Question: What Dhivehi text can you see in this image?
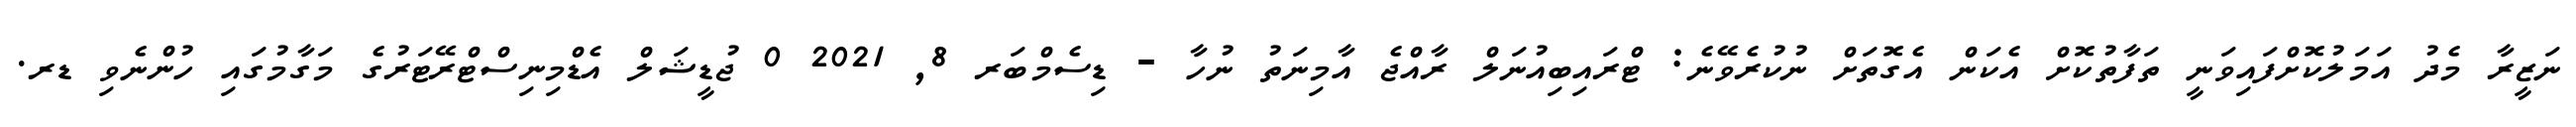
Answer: ނަޒީރާ މެދު އަމަލުކޮށްފައިވަނީ ތަފާތުކޮށް އެކަން އެގޮތަށް ނުކުރެވޭނެ: ޓްރައިބިއުނަލް ރާއްޖެ އާމިނަތު ނުހާ - ޑިސެމްބަރ 8, 2021 0 ޖުޑީޝަލް އެޑްމިނިސްޓްރޭޓަރުގެ މަގާމުގައި ހުންނެވި ޑރ.